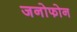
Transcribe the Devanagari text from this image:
जनोफोन